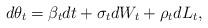
LaTeX: \begin{align*} d\theta_t=\beta_t dt + \sigma_t dW_t + \rho_t dL_t,\end{align*}